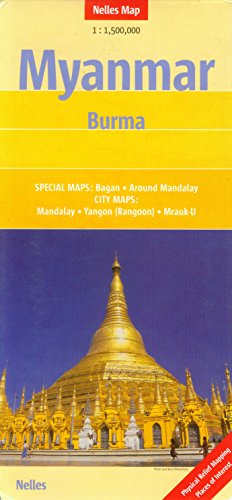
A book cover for Myanmar: Burma 1:1,500,000 Nelles 2014 (English, French and German Edition); Nelles Verlag GmbH; Travel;